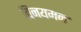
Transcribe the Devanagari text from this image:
विनयमन